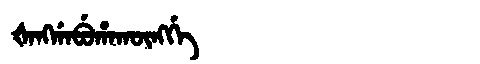
Manchu: ᡧᠠᠩᡤᠠᠪᡠᡥᠠᡴᡡᠩᡤᡝ
Romanization: ŠANGGABUHAKŪNGGE